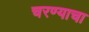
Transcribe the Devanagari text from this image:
चरण्याचा